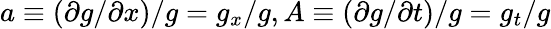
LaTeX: a\equiv\left(\partial g/\partial x\right)/g={{g}_{x}}/g,A\equiv\left(\partial g/\partial t\right)/g={{g}_{t}}/g